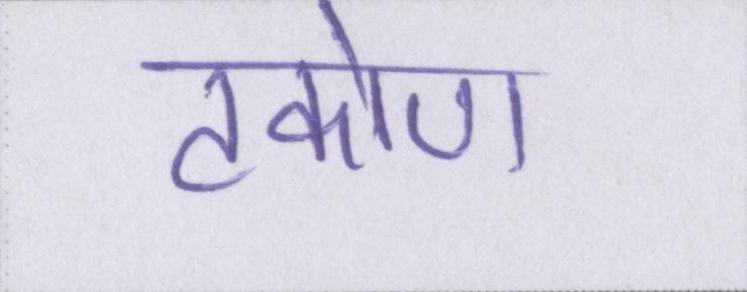
टकोण